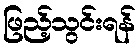
ဖြည့်သွင်းရန်